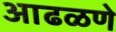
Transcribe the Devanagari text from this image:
आढळणे